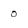
Character: 0